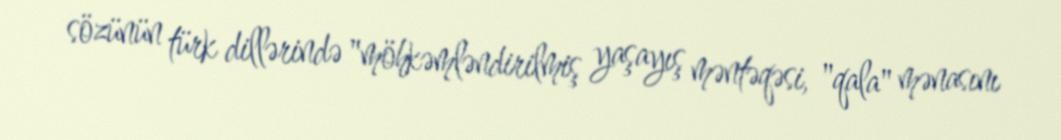
sözünün türk dillərində "möhkəmləndirilmiş yaşayış məntəqəsi, "qala" mənasını